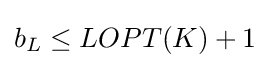
b_{L}\leq LOPT(K)+1